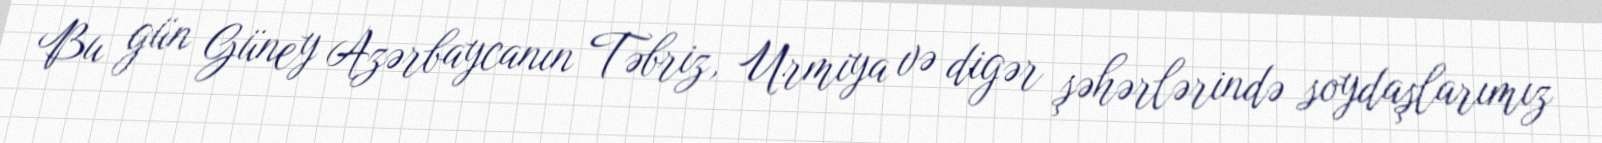
Bu gün Güney Azərbaycanın Təbriz, Urmiya və digər şəhərlərində soydaşlarımız